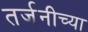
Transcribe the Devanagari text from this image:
तर्जनीच्या